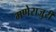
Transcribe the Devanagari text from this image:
मणेराजुरी